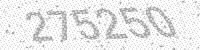
Solution: 275250